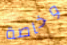
وخاصة